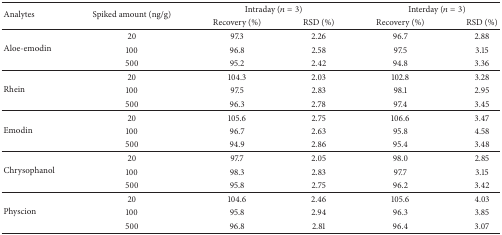
<table><thead><tr><td rowspan="2"><b>Analytes</b></td><td rowspan="2"><b>Spiked amount (ng/g)</b></td><td colspan="2"><b>Intraday (<i>n</i> = 3)</b></td><td colspan="2"><b>Interday (<i>n</i> = 3)</b></td></tr><tr><td><b>Recovery (%)</b></td><td><b>RSD (%)</b></td><td><b>Recovery (%)</b></td><td><b>RSD (%)</b></td></tr></thead><tbody><tr><td rowspan="3">Aloe-emodin</td><td>20</td><td>97.3</td><td>2.26</td><td>96.7</td><td>2.88</td></tr><tr><td>100</td><td>96.8</td><td>2.58</td><td>97.5</td><td>3.15</td></tr><tr><td>500</td><td>95.2</td><td>2.42</td><td>94.8</td><td>3.36</td></tr><tr><td rowspan="3">Rhein</td><td>20</td><td>104.3</td><td>2.03</td><td>102.8</td><td>3.28</td></tr><tr><td>100</td><td>97.5</td><td>2.83</td><td>98.1</td><td>2.95</td></tr><tr><td>500</td><td>96.3</td><td>2.78</td><td>97.4</td><td>3.45</td></tr><tr><td rowspan="3">Emodin</td><td>20</td><td>105.6</td><td>2.75</td><td>106.6</td><td>3.47</td></tr><tr><td>100</td><td>96.7</td><td>2.63</td><td>95.8</td><td>4.58</td></tr><tr><td>500</td><td>94.9</td><td>2.86</td><td>95.4</td><td>3.48</td></tr><tr><td rowspan="3">Chrysophanol</td><td>20</td><td>97.7</td><td>2.05</td><td>98.0</td><td>2.85</td></tr><tr><td>100</td><td>98.3</td><td>2.83</td><td>97.7</td><td>3.15</td></tr><tr><td>500</td><td>95.8</td><td>2.75</td><td>96.2</td><td>3.42</td></tr><tr><td rowspan="3">Physcion</td><td>20</td><td>104.6</td><td>2.46</td><td>105.6</td><td>4.03</td></tr><tr><td>100</td><td>95.8</td><td>2.94</td><td>96.3</td><td>3.85</td></tr><tr><td>500</td><td>96.8</td><td>2.81</td><td>96.4</td><td>3.07</td></tr></tbody></table>